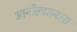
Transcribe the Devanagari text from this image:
आर्नोल्डसनला